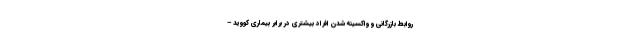
روابط بازرگانی و واکسینه شدن افراد بیشتری در برابر بیماری کووید –